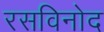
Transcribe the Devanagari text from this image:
रसविनोद